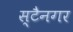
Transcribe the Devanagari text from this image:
स्टैनगर